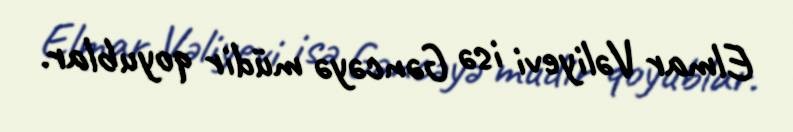
Elmar Vəliyevi isə Gəncəyə müdir qoyublar.